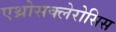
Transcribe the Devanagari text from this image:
एथ्रोसक्लेरोसिस